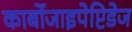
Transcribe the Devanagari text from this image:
कार्बोजाइपेप्टिडेज